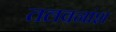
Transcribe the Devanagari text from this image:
तलवनांश